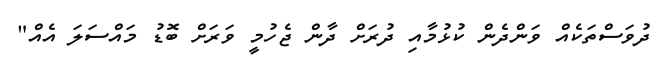
ދުވަސްތަކެއް ވަންދެން ކުޅުމާއި ދުރަށް ދާން ޖެހުމީ ވަރަށް ބޮޑު މައްސަލަ އެއް"